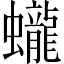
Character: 蠬